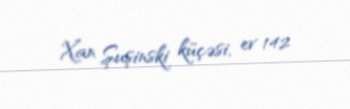
Xan Şuşinski küçəsi, ev 142